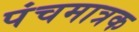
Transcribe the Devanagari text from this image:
पंचमात्रक